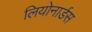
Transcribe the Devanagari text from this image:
लियोनार्डस